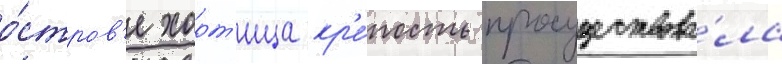
о́стров'е хорт'ица кр'е́пость просуществова́ла